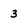
Character: 3